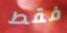
فقط